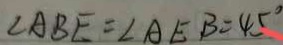
\angle A B E = \angle A E B = 4 5 ^ { \circ }